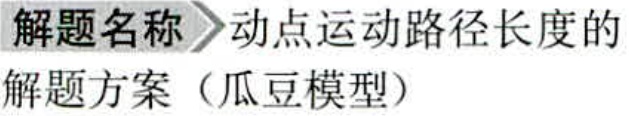
\textbf{解题名称}  动点运动路径长度的\\解题方案（瓜豆模型）